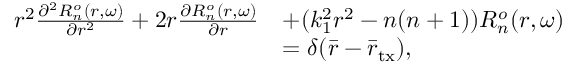
\begin{array} { r l } { r ^ { 2 } \frac { \partial ^ { 2 } R _ { n } ^ { o } ( r , \omega ) } { \partial r ^ { 2 } } + 2 r \frac { \partial R _ { n } ^ { o } ( r , \omega ) } { \partial r } } & { + ( k _ { 1 } ^ { 2 } r ^ { 2 } - n ( n + 1 ) ) R _ { n } ^ { o } ( r , \omega ) } \\ & { = \delta ( \bar { r } - \bar { r } _ { \mathrm { t x } } ) , } \end{array}